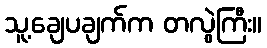
သူ့ချေပချက်က တလွဲကြီး။